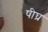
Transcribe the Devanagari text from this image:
षीघ्र